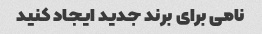
نامی برای برند جدید ایجاد کنید